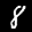
Label: 8